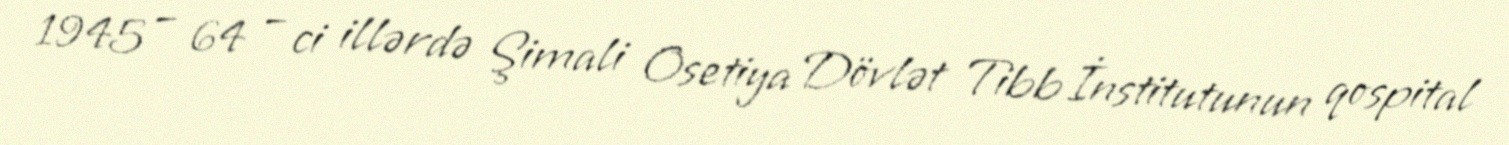
1945 – 64 – ci illərdə Şimali Osetiya Dövlət Tibb İnstitutunun qospital